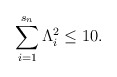
\begin{align*}\sum_{i=1}^{s_{n}}\Lambda _{i}^{2}\leq 10. \end{align*}